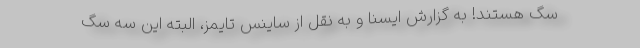
سگ هستند! به گزارش ایسنا و به نقل از ساینس تایمز، البته این سه سگ